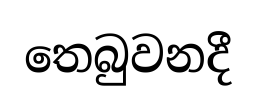
තෙබුවනදී